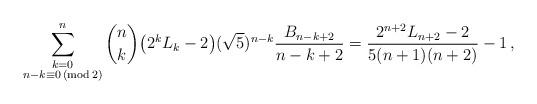
LaTeX: \begin{align*}\sum_{\substack{k=0 \\ n - k \equiv 0 \,(\mathrm {mod} \,2)}}^n \binom{n}{k} \big ( 2^k L_{k} - 2 \big ) (\sqrt{5})^{n-k} \frac{B_{n-k+2}}{n-k+2} = \frac{2^{n+2}L_{n+2}-2}{{5}(n+1)(n+2)} - 1\,,\end{align*}